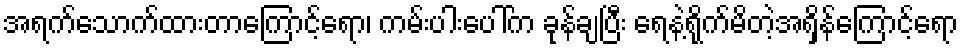
အရက်သောက်ထားတာကြောင့်ရော၊ ကမ်းပါးပေါ်က ခုန်ချပြီး ရေနဲ့ရိုက်မိတဲ့အရှိန်ကြောင့်ရော